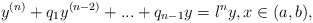
\begin{align*} y^{(n)} + q_1y^{(n-2)} + ... + q_{n-1}y = \l ^n y, x\in (a,b),\end{align*}